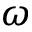
\omega